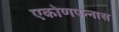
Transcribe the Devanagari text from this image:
एकोणपन्नास